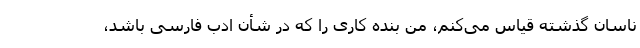
ناسانِ گذشته قیاس می‌کنم، من بنده کاری را که در شأن ادب فارسی باشد،